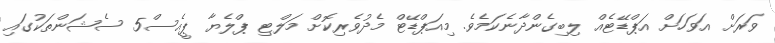
ވަރަށް އަވަހަށް އަޕްޑޭޓެއް ލިބިގެންދާނެކަމެވެ. މިއަޕްޑޭޓް މެދުވެރިކޮށް މަލްޓި ޕްލެޔާ ޕީއެސް5 ސެޝަންތަކުގައި